Lunatic asylums United Prov. 1922-30 - 1922-1930
Year: 1922
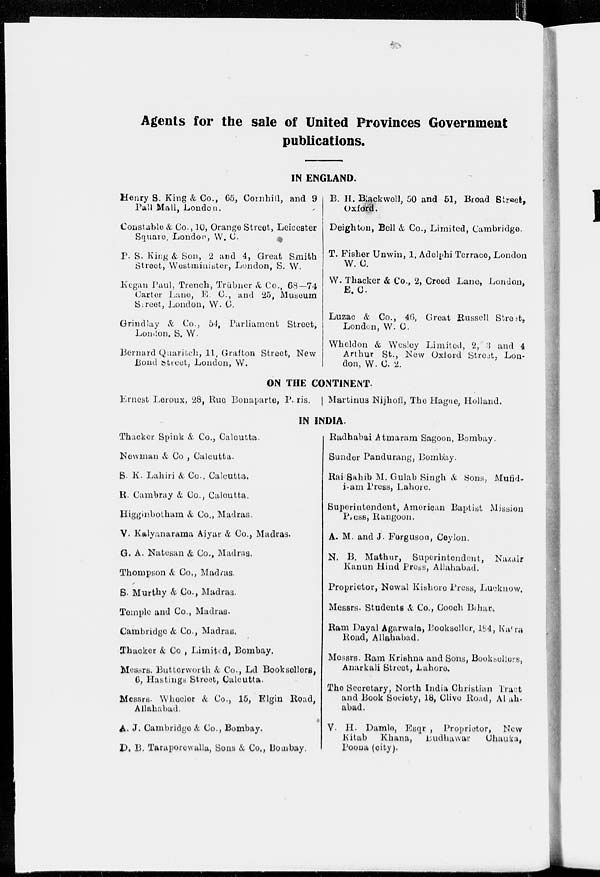
Agents for the sale of United Provinces Government
publications.
IN ENGLAND.
Henry S. King & Co., 65, Cornhill, and 9
Pall Mall, London.
Constable & Co., 10, Orange Street, Leicester
Square, London, W. C.
P. S. King & Son, 2 and 4, Great Smith
Street, Westminister, London, S. W.
Kegan Paul, Trench, Trübner & Co., 68— 74
Carter Lane, E. C., and 25, Museum
Street, London, W. C.
Grindlay & Co., 54, Parliament Street,
London. S. W.
Bernard Quaritch, 11, Grafton Street, New
Bond street, London, W.
B. H. Blackwell, 50 and 51, Broad Street,
Oxford.
Deighton, Bell & Co., Limited, Cambridge.
T. Fisher Unwin, 1, Adelphi Terrace, London
W. C.
W. Thacker & Co., 2, Creed Lane, London,
E.C.
Luzac & Co., 46, Great Russell Street,
London, W. C.
Wheldon & Wesley Limited, 2, 3 and 4
Arthur St., New Oxford Street, Lon-
don, W. C. 2.
ON THE CONTINENT.
Ernest Leroux, 28, Rue Bonaparte, Paris.
Martinus Nijhoff, The Hague , Holland.
IN INDIA.
Thacker Spink &. Co., Calcutta.
Newman & Co , Calcutta.
S. K. Lahiri &, Co., Calcutta.
R. Cambray & Co., Calcutta.
Higginbotham & Co., Madras.
V. Kalyanarama Aiyar & Co., Madras.
G. A. Natesan & Co., Madras.
Thompson & Co., Madras.
S. Murthy & Co., Madras.
Temple and Co., Madras.
Cambridge & Co., Madras.
Thacker & Co , Limited, Bombay.
Messrs. Butterworth & Co., Ld Booksellers,
6, Hastings Street, Calcutta.
Messrs. Wheeler & Co., 15, Elgin Road,
Allahabad.
A. J. Cambridge & Co., Bombay.
D. B. Taraporewalla, Sons & Co., Bombay.
Radhabai Atmaram Sagoon, Bombay
Sunder Pandurang , Bombay.
Rai Sahib M. Gulab Singh & Sons, Mufid-
i-am Press, Lahore.
Superintendent, American Baptist Mission
Press, Rangoon.
A. M. and J. Ferguson, Ceylon.
N. B. Mathur, Superintendent, Nazair
Kanun Hind Press, Allahabad.
Proprietor, Newal Kishore Press, Lucknow.
Messrs. Students & Co., Cooch Bihar.
Ram Dayal Agarwala, Bookseller, 184, Katra
Road, Allahabad.
Messrs. Ram Krishna and Sons, Booksellers,
Anarkali Street, Lahore.
The Secretary, North India Christian Tract
and Book Society, 18, Clive Road, Al ah-
abad.
V. H. Damle, Esqr , Proprietor, New
Kitab Khana,
Budhawar
Chauka,
Poona (city).